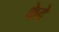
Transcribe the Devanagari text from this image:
केदे